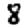
Digit: 8